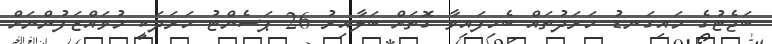
ބަޖެޓުގެ މައިގަނޑު ހަރަދުތައް ބެހިފައިވާ ގޮތަށް ބަލާއިރު 26 ޕަސެންޓު ހަރަދަކީ މުވައްޒަފުންނަށް